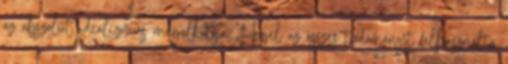
az abszolút idealizmus megalkotója. Hegel az összes tudományt felhasználta